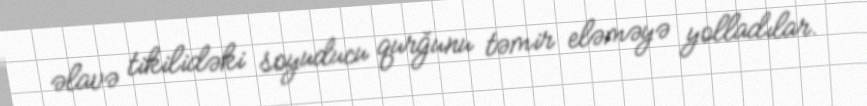
əlavə tikilidəki soyuducu qurğunu təmir eləməyə yolladılar.